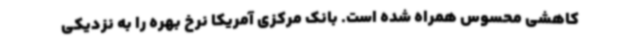
کاهشی محسوس همراه شده است. بانک مرکزی آمریکا نرخ بهره را به نزدیکی